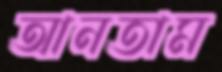
আনতাম